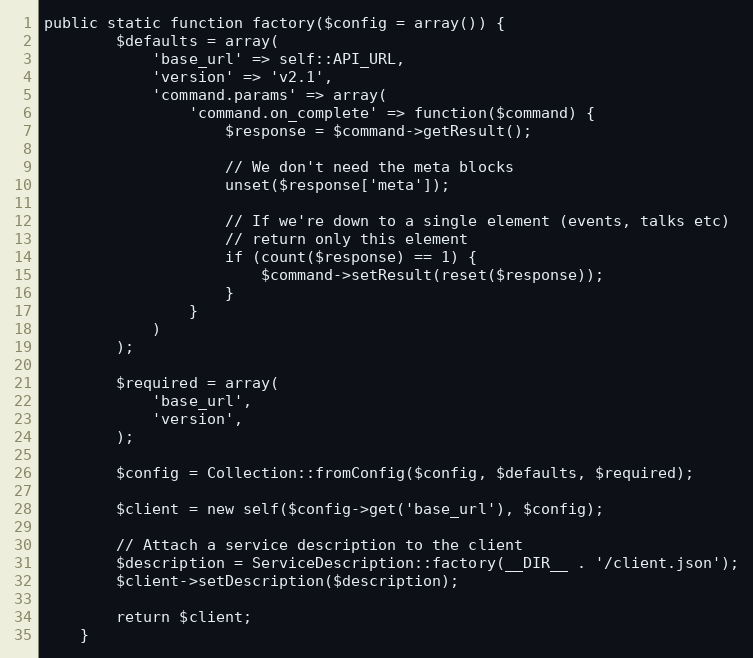
Language: PHP
public static function factory($config = array()) {
        $defaults = array(
            'base_url' => self::API_URL,
            'version' => 'v2.1',
            'command.params' => array(
                'command.on_complete' => function($command) {
                    $response = $command->getResult();

                    // We don't need the meta blocks
                    unset($response['meta']);

                    // If we're down to a single element (events, talks etc)
                    // return only this element
                    if (count($response) == 1) {
                        $command->setResult(reset($response));
                    }
                }
            )
        );

        $required = array(
            'base_url',
            'version',
        );

        $config = Collection::fromConfig($config, $defaults, $required);

        $client = new self($config->get('base_url'), $config);

        // Attach a service description to the client
        $description = ServiceDescription::factory(__DIR__ . '/client.json');
        $client->setDescription($description);

        return $client;
    }